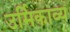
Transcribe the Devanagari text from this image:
उर्मिकाव्य